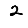
Digit: 2